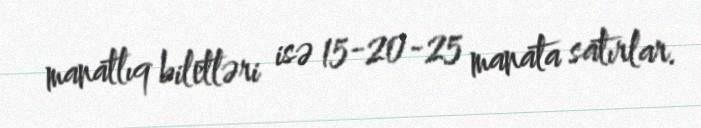
manatlıq biletləri isə 15-20-25 manata satırlar.